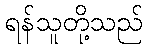
ရန်သူတို့သည်